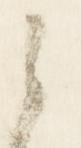
之